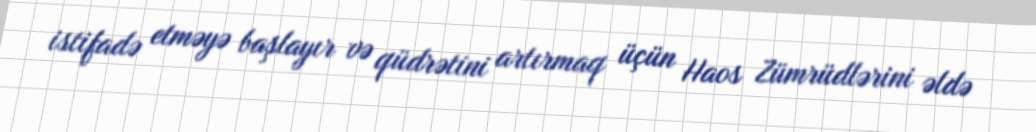
istifadə etməyə başlayır və qüdrətini artırmaq üçün Haos Zümrüdlərini əldə